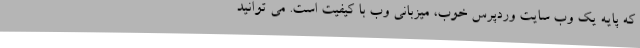
که پایه یک وب سایت وردپرس خوب، میزبانی وب با کیفیت است. می توانید